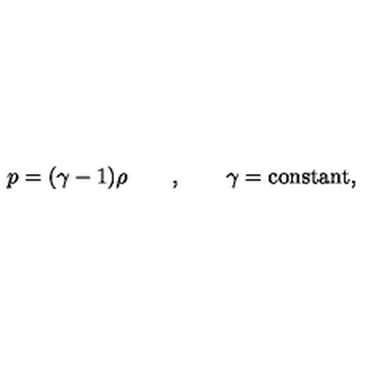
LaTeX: p = ( \gamma - 1 ) \rho \qquad , \qquad \gamma = \mathrm { c o n s t a n t } ,